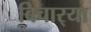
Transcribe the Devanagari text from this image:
बिचार्‍या